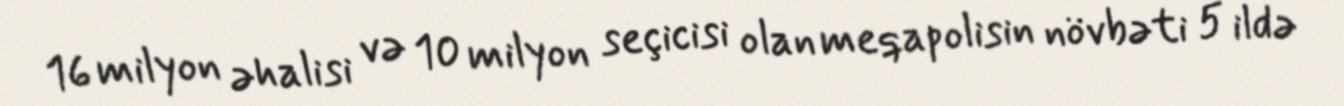
16 milyon əhalisi və 10 milyon seçicisi olan meqapolisin növbəti 5 ildə